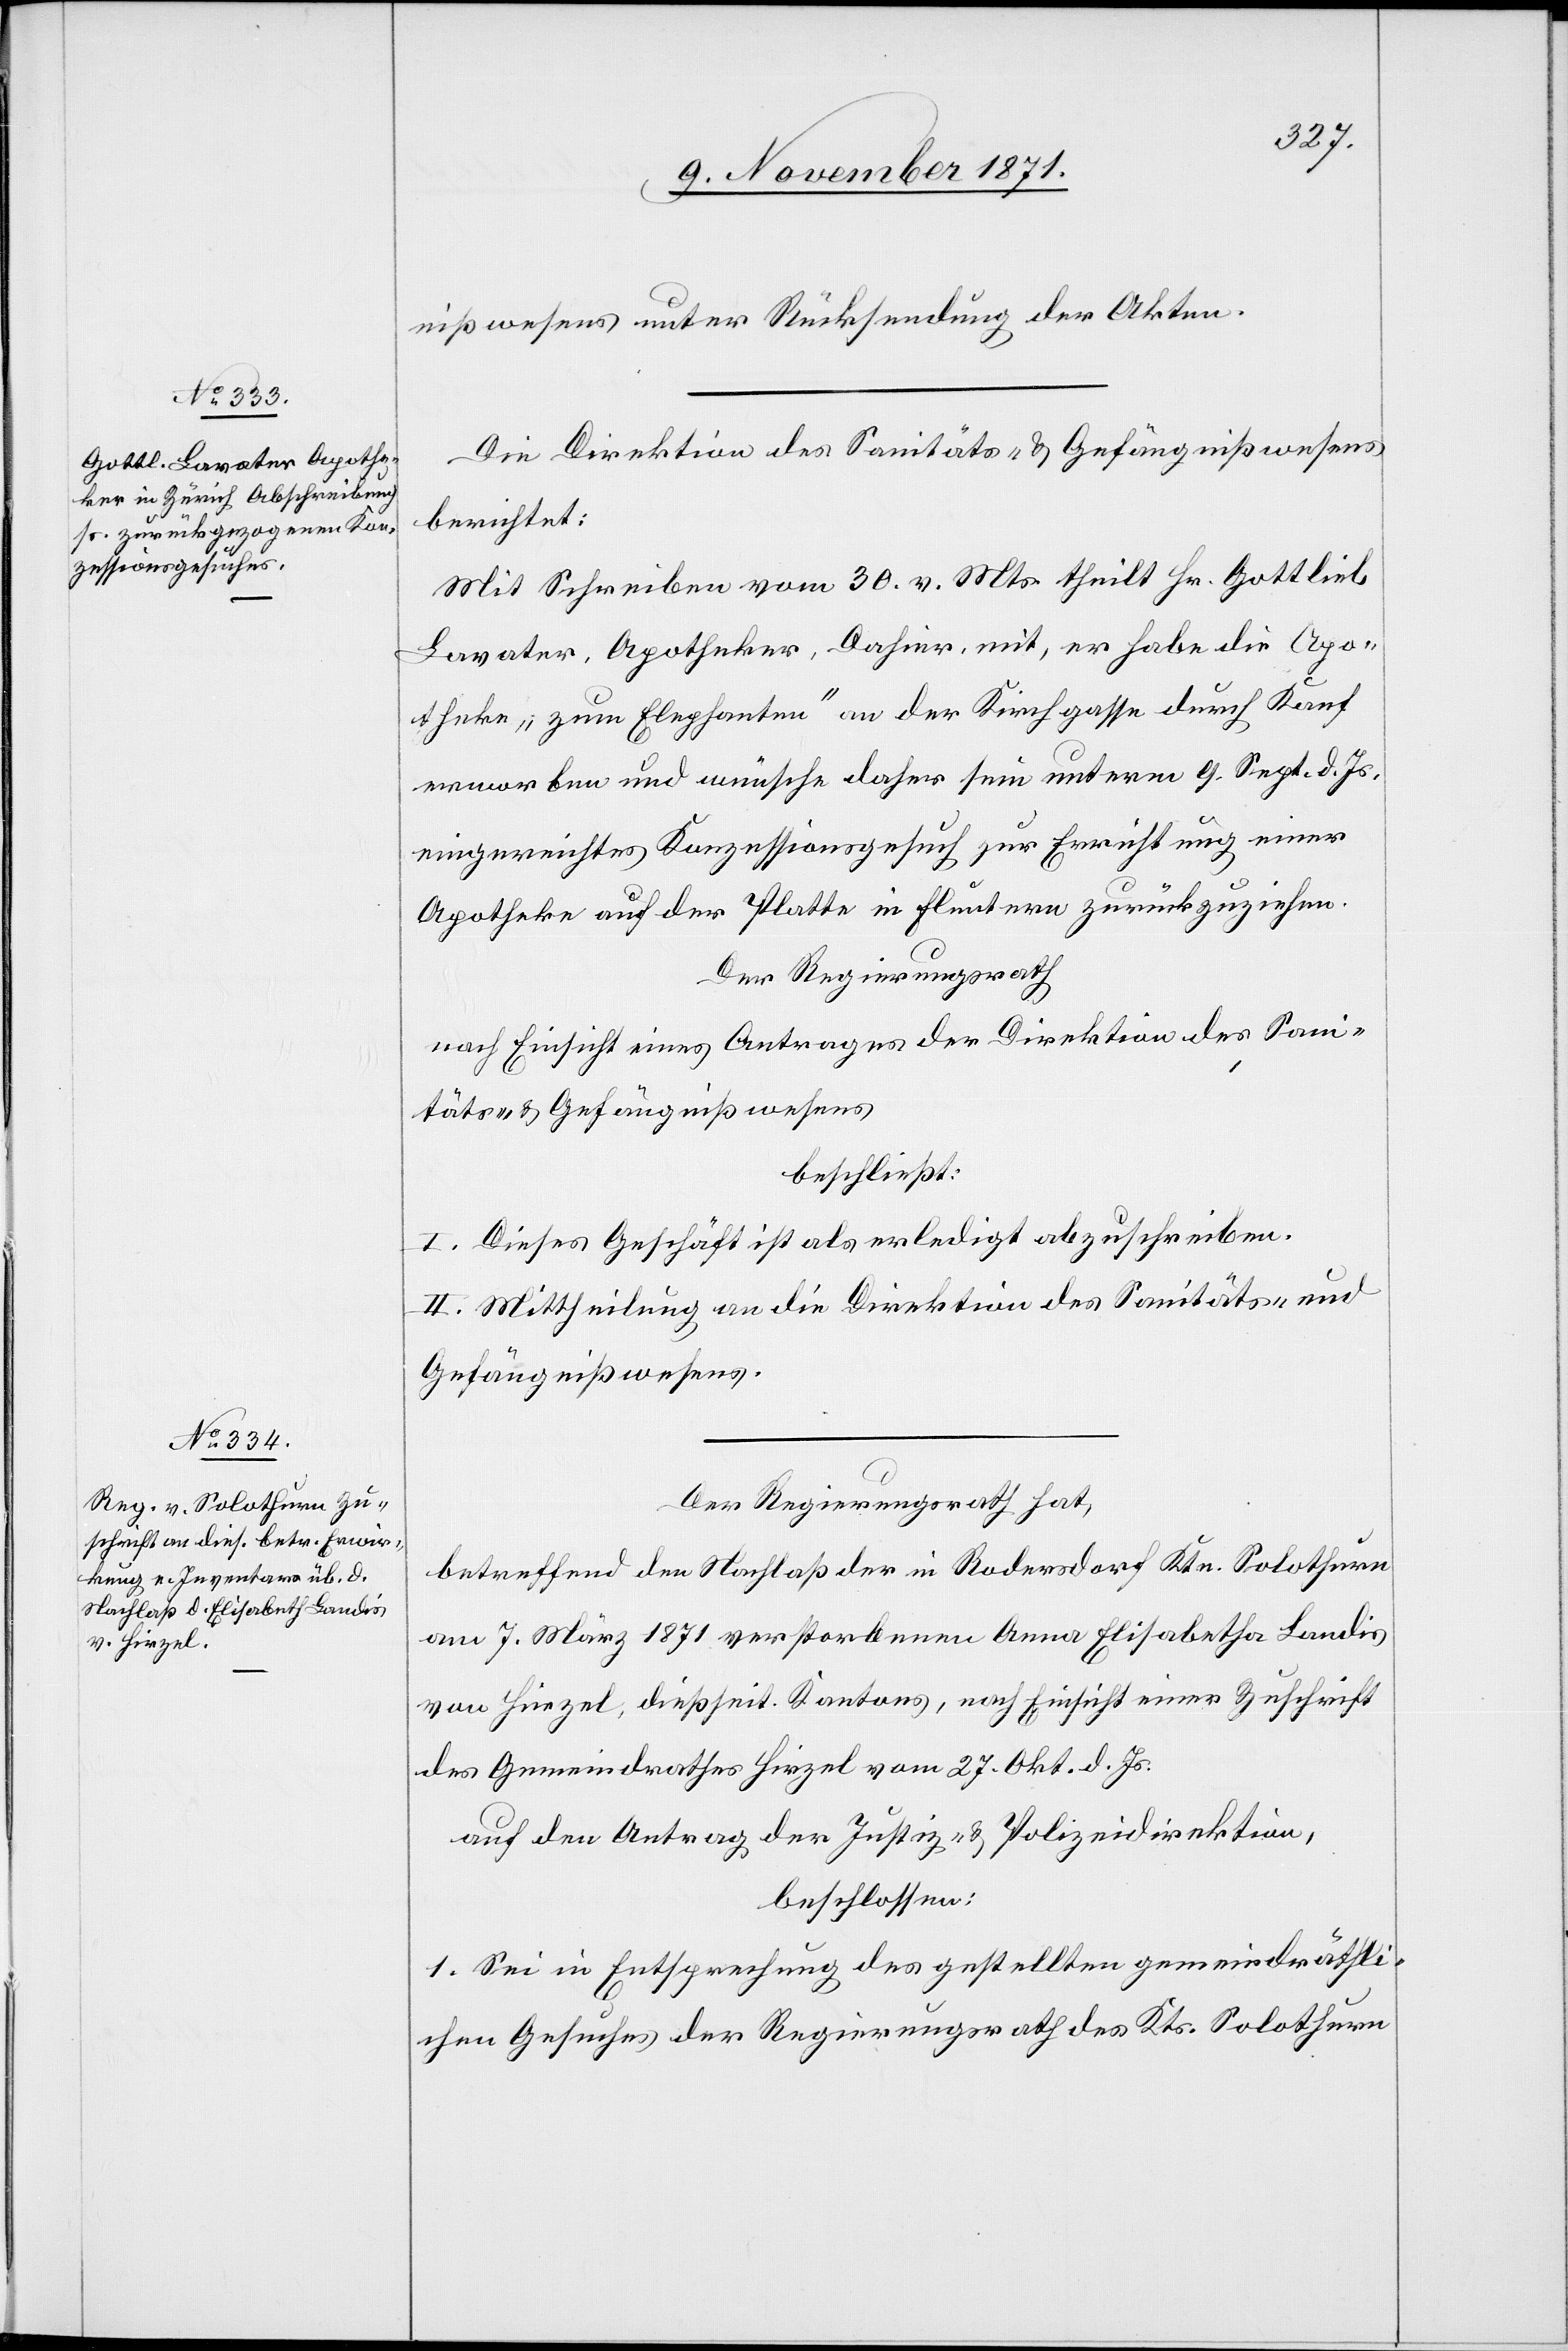
nißwesens unter Rücksendung der Akten.
Die Direktion des Sanitäts- & Gefängnißwesens
berichtet:
Mit Schreiben vom 30. v. Mts. theilt Hr. Gottlieb
Lavater, Apotheker, Dahier, mit, er habe die Apo¬
theke „zum Elephanten“ an der Kirchgasse durch Kauf
erworben und wünsche daher sein unterm 9. Sept. d. Js.
eingereichtes Konzessionsgesuch zur Errichtung einer
Apotheke auf der Platte in Fluntern zurückzuziehen.
Der Regierungsrath
nach Einsicht eines Antrages der Direktion des Sani¬
täts- & Gefängnißwesens
beschließt:
I. Dieses Geschäft ist als erledigt abzuschreiben.
II. Mittheilung an die Direktion des Sanitäts- &
Gefängnißwesens.
Der Regierungsrath hat,
betreffend den Nachlaß der in Rodersdorf Ktn. Solothurn
am 7. März 1871 verstorbenen Anna Elisabetha [sic!]
von Hirzel, dießseit. Kantons, nach Einsicht einer Zuschrift
des Gemeindrathes Hirzel vom 27. Okt. d. Js.
auf den Antrag der Justiz- & Polizeidirektion,
beschlossen:
1. Sei in Entsprechung des gestellten gemeindräthli¬
chen Gesuches der Regierungsrath des Kts. Solothurn